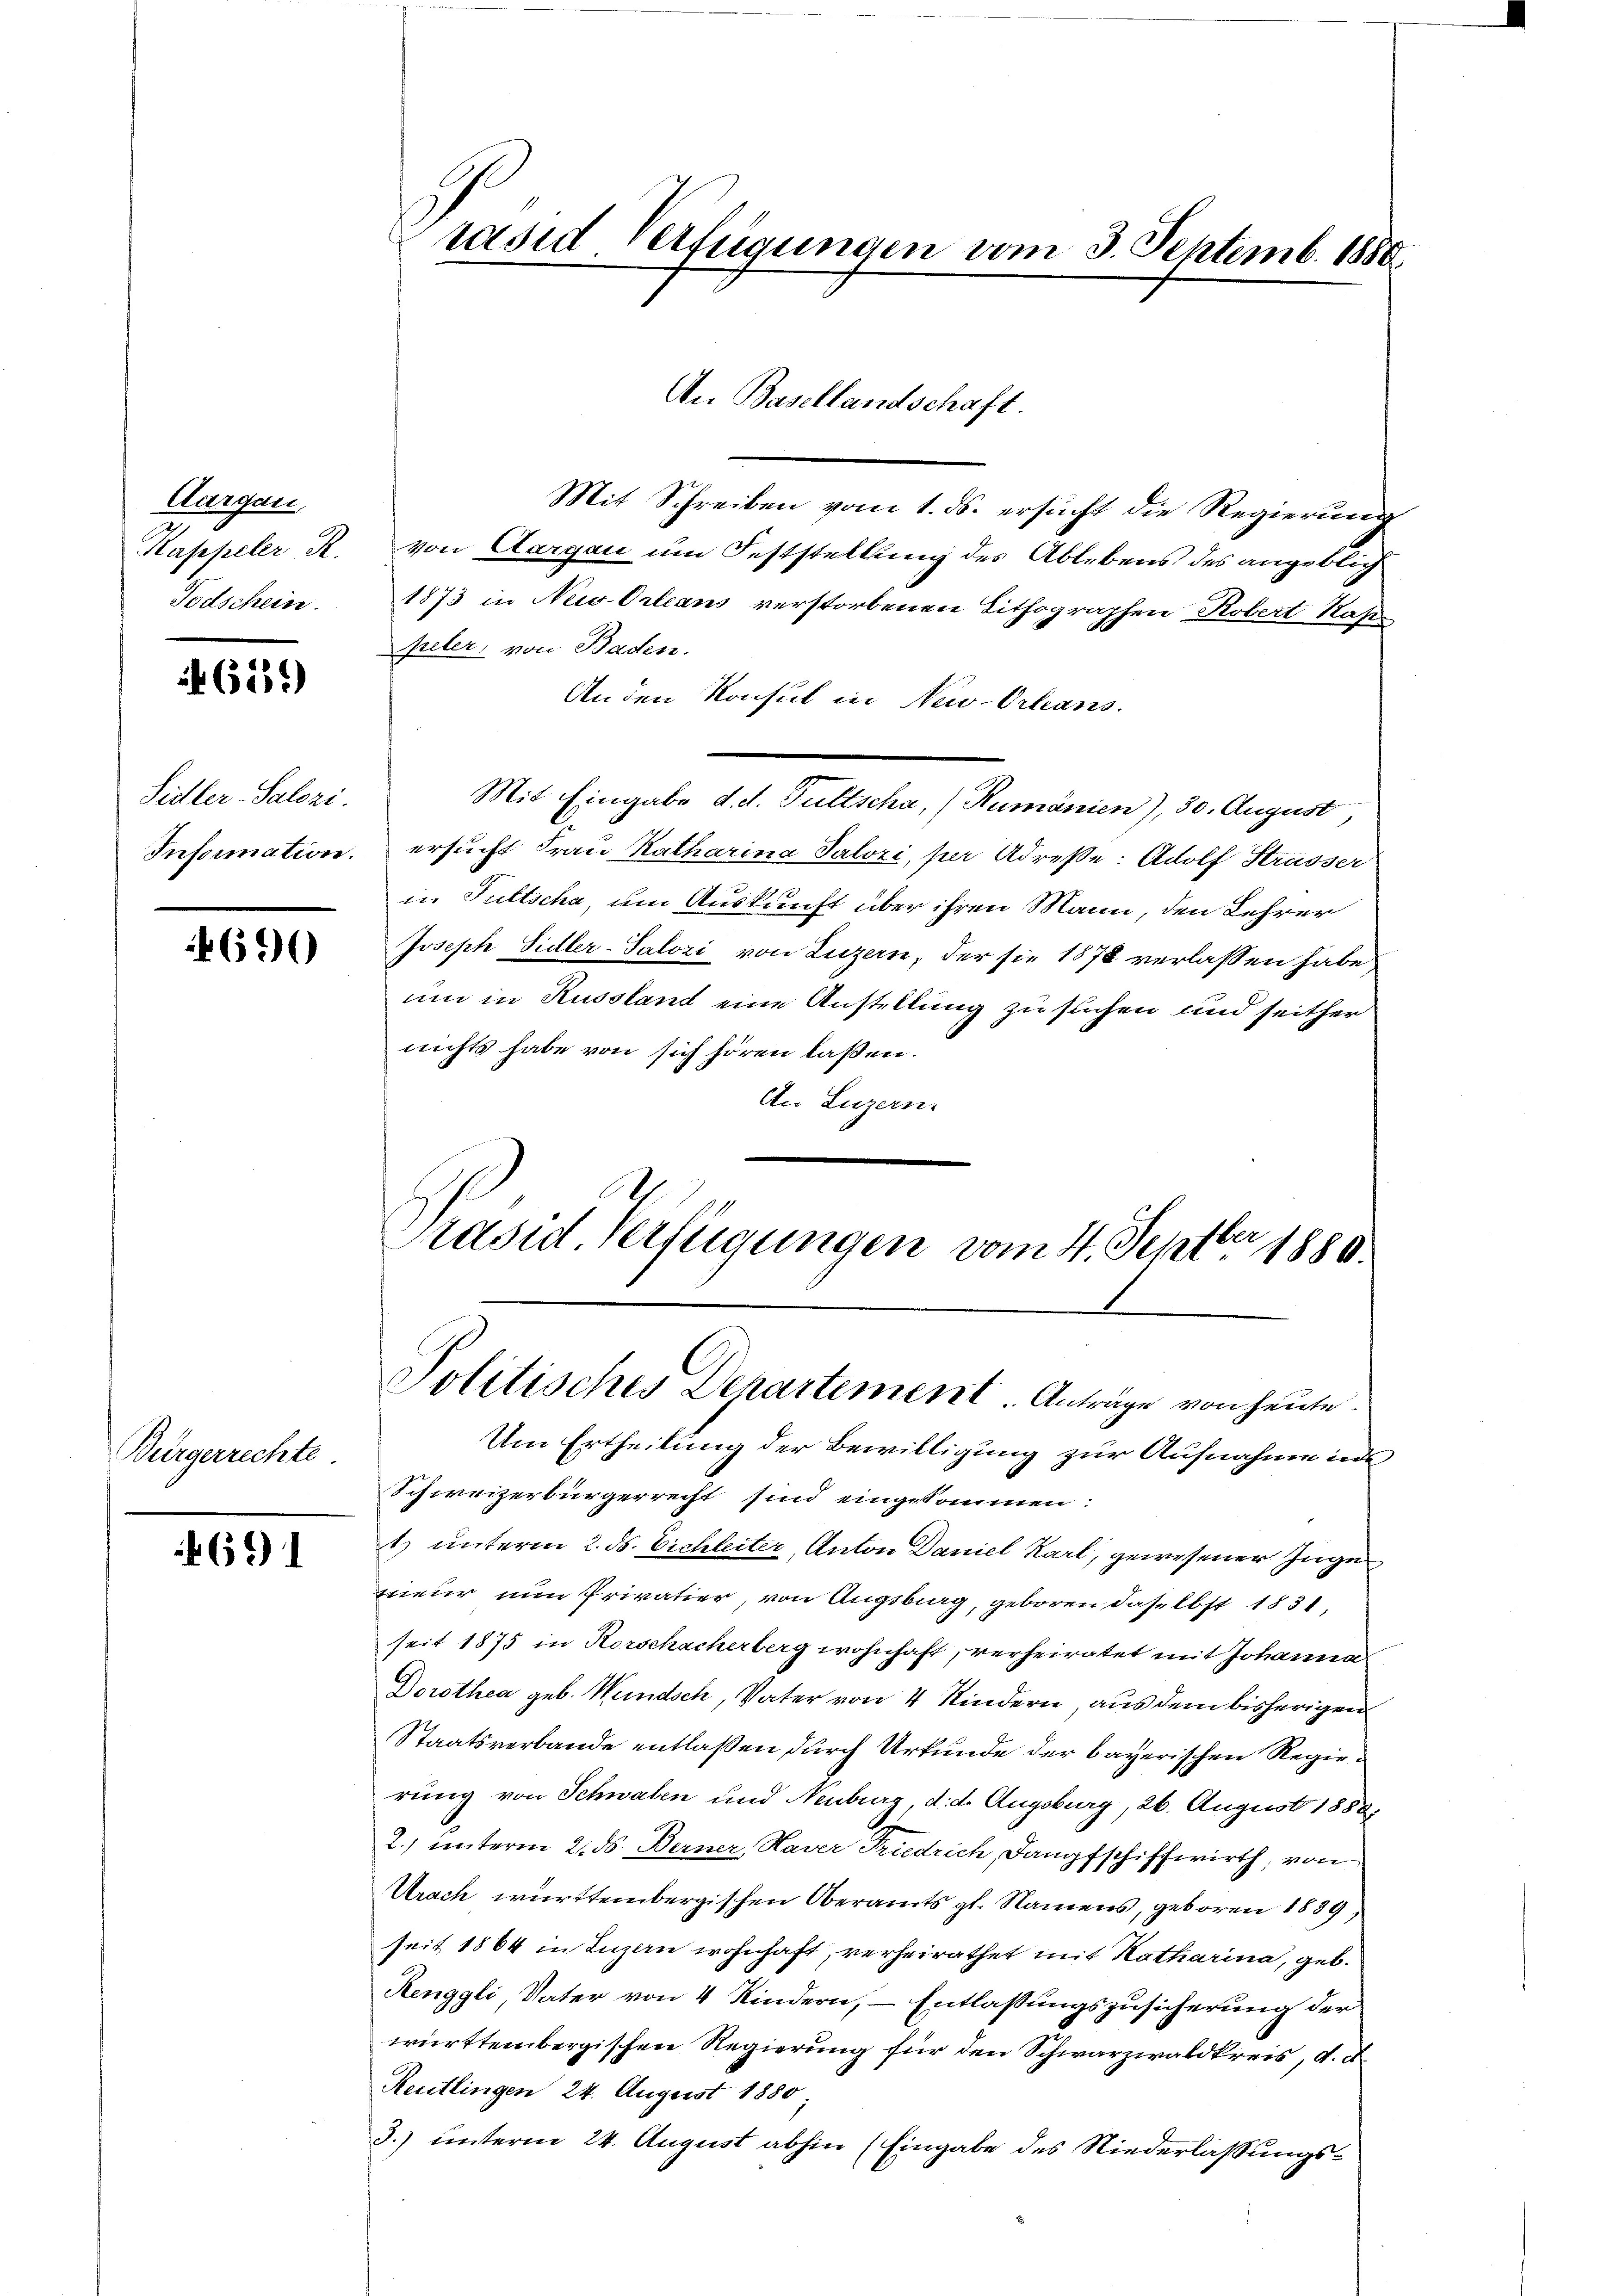
Aargau,
Kappeler R.
Todschein

4611)

Sidler-Salozi.
Information.

4690

Bürgerrechte

691

rasid Verfügungen vom 3. Septemb. 1880
An Basellandschaft

Mit Schreiben vom 1. ds. ersucht die Regierung
von Aargau um Feststellung des Ablebens des angeblich
1873 in New-Orleans verstorbenen Lithographen Robert Kass
peler, von Baden.
An den Konsul in New-Orleans.
Mit Eingabe d. d. Fultscha, (Rumänien), 30. August,
ersucht Frau Katharina Salozi, per Adresse: Adolf Strasser
in Tuttscha, um Auskunft über ihren Mann, den Lehrer
Joseph Sidler-Salozi von Luzern, der sie 1878 verlassen habe
um in Russland eine Anstellung zu suchen und seither
nichts habe von sich hören laßen.
An Luzern.
Präsid. Verfügungen vom 4. Septbr 1880.

Politisches Departement. Anträge von heute.

Um Ertheilung der Bewilligung zur Aufnahme in
Schweizerbürgerrecht sind eingekommen.
1) unterm 2. ds. Eichleiter, Anton Daniel Karl, gewesener Inge
meur nun Privatier, von Augsburg, geboren daselbst 1831,
seit 1875 in Korschacherberg wohnhaft, verheiratet mit Johanna
Dorothea geb. Wundsch, Vater von 4 Kindern aus dem bisherigen
Staatsverbande entlaßen durch Urkunde der bayerischen Regierung von Schwaben und Neuburg, d. d. Augsburg, 26. August 1888.
2.) unterm 2. ds. Berner, Haver Friedrich, Dampfschiffwirth, von
Urach württembergischen Oberamts gl. Namens, geboren 1889
seit 1864 in Luzern wohnhaft, verheirathet mit Katharina, geb.
Renggli, Vater von 4 Kindern, – Entlassungszusicherung der
württembergischen Regierung für den Schwarzwaldkreis, d. d.
Reutlingen 24. August 1880
3.) unterm 24. August abhin (Eingabe des Niederlassungs¬